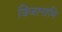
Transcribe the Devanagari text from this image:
विजानामि